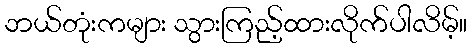
ဘယ်တုံးကများ သွားကြည့်ထားလိုက်ပါလိမ့်။